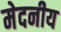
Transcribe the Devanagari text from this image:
मेदनीय